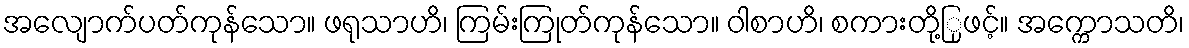
အလျောက်ပတ်ကုန်သော။ ဖရုသာဟိ၊ ကြမ်းကြုတ်ကုန်သော။ ဝါစာဟိ၊ စကားတို့ြုဖင့်။ အက္ကောသတိ၊